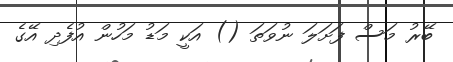
ބޭރު މަސް ފަށަލަ ނުވަތަ () އަކީ މަޑު މަހުން އުފެދި އޭގެ